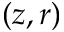
( z , r )